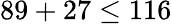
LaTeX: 89+27\leq 116